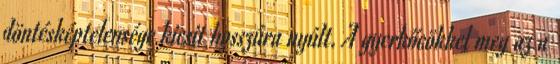
döntésképtelensége kicsit hosszúra nyúlt. A gyerkőcökkel meg az a